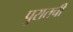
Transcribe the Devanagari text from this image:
पुरातची